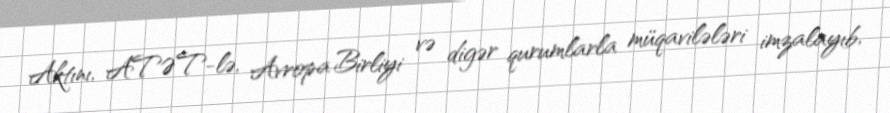
Aktını, ATƏT-lə, Avropa Birliyi və digər qurumlarla müqavilələri imzalayıb,